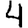
Digit: 4